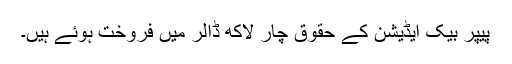
پیپر بیک ایڈیشن کے حقوق چار لاکھ ڈالر میں فروخت ہوئے ہیں۔